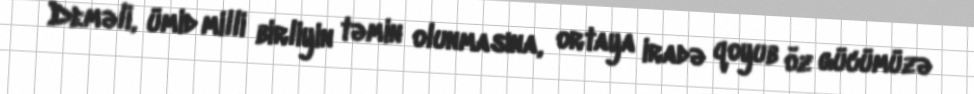
Deməli, ümid milli birliyin təmin olunmasına, ortaya iradə qoyub öz gücümüzə